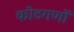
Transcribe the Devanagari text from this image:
कीटगणों